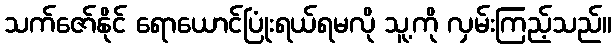
သက်ဇော်နိုင် ရောယောင်ပြုံးရယ်ရမလို သူ့ကို လှမ်းကြည့်သည်။